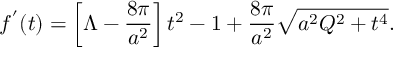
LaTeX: f ^ { ' } ( t ) = \left[ \Lambda - \frac { 8 \pi } { a ^ { 2 } } \right] t ^ { 2 } - 1 + \frac { 8 \pi } { a ^ { 2 } } \sqrt { a ^ { 2 } Q ^ { 2 } + t ^ { 4 } } .